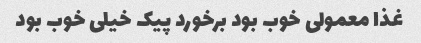
غذا معمولی خوب بود برخورد پیک خیلی خوب بود